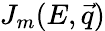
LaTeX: J_{m}(E,\vec{q})